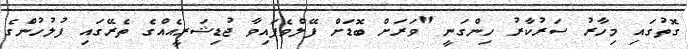
ގޮތުގައި މިހާރު ސަރުކާރު ހިންގަނީ "ވަރަށް ބޮޑަށް ފޭލްވެފައިވާ ޖުޑިޝަރީއެއްގެ ތެރޭގައި ފުލުހުންެގެ